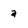
Character: a